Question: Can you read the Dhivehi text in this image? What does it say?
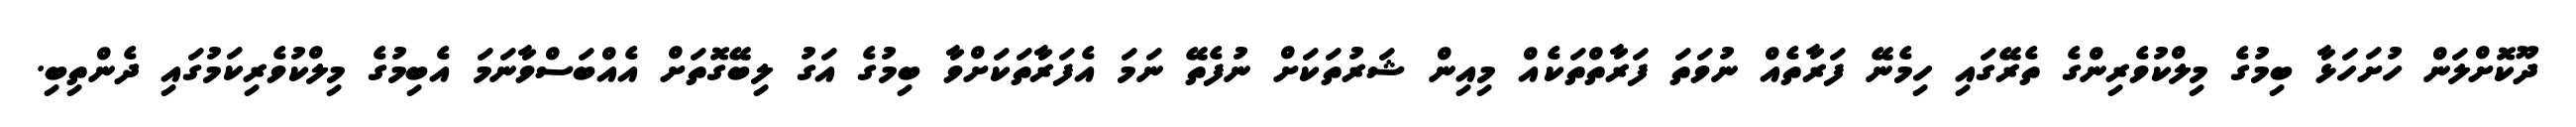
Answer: ދޫކޮށްލަން ހުށަހަޅާ ބިމުގެ މިލްކުވެރިންގެ ތެރޭގައި ހިމެނޭ ފަރާތެއް ނުވަތަ ފަރާތްތަކެއް މިއިން ޝަރުތަކަށް ނުފެތޭ ނަމަ އެފަރާތަކަށްވާ ބިމުގެ އަގު ލިބޭގޮތަށް އެއްބަސްވާނަމަ އެބިމުގެ މިލްކުވެރިކަމުގައި ދެންތިބި.